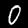
Digit: 0